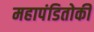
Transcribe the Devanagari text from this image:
महापंडितोकी